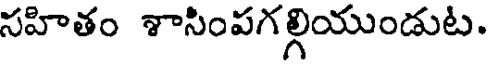
సహితం శాసింపగల్గియుండుట.